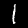
Digit: 1